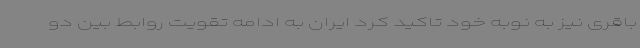
باقری نیز به نوبه خود تاکید کرد ایران به ادامه تقویت روابط بین دو